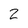
Character: 2